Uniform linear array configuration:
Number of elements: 64
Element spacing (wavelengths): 1
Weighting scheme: kaiser
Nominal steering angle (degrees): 60
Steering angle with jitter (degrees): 58.723
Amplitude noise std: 0.05
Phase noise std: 0.05

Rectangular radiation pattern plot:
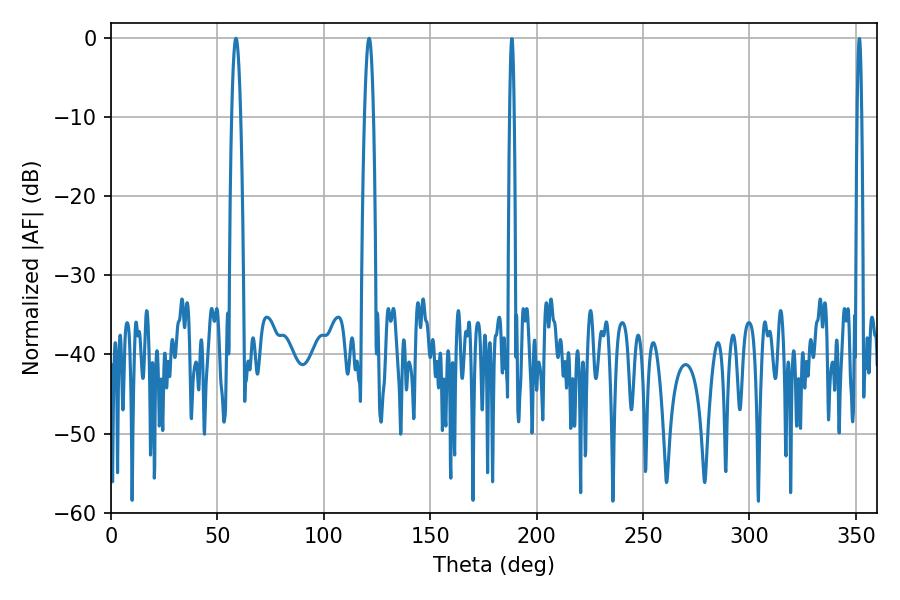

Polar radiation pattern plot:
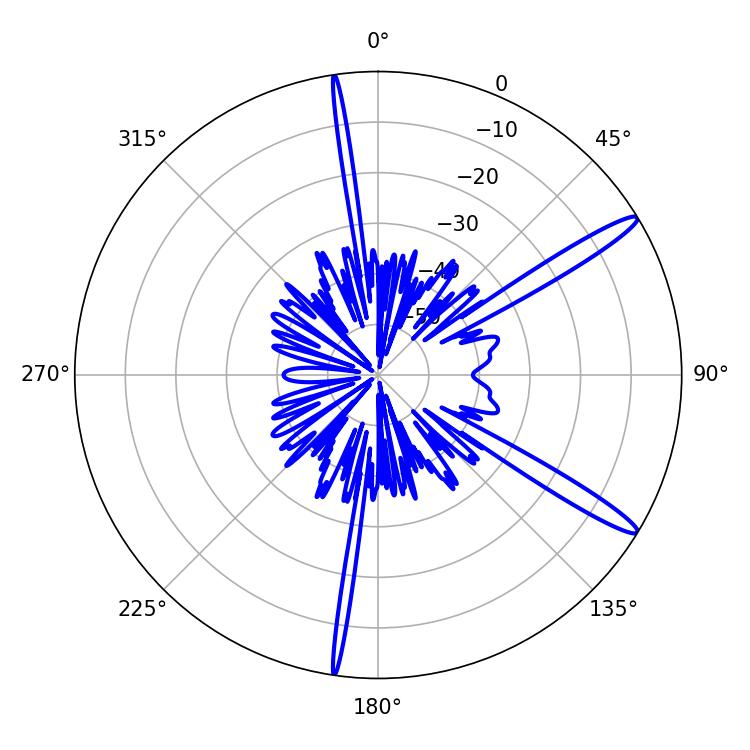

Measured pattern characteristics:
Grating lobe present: TRUE
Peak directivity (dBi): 14.598
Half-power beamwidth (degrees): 2.34
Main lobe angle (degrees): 58.68